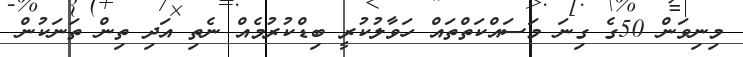
މިނިވަން 50ގެ ގިނަ މަސައްކަތްތައް ހަވާލުކުރީ ބިޑްކުރުމެއް ނެތި އަދި ތިން ތަނަކުން